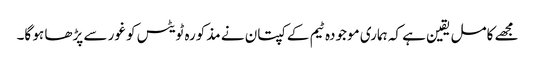
مجھے کامل یقین ہے کہ ہماری موجودہ ٹیم کے کپتان نے مذکورہ ٹویٹس کو غور سے پڑھا ہو گا۔